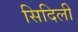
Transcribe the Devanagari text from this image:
सिदिली